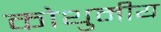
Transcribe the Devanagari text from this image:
कोथुमीय